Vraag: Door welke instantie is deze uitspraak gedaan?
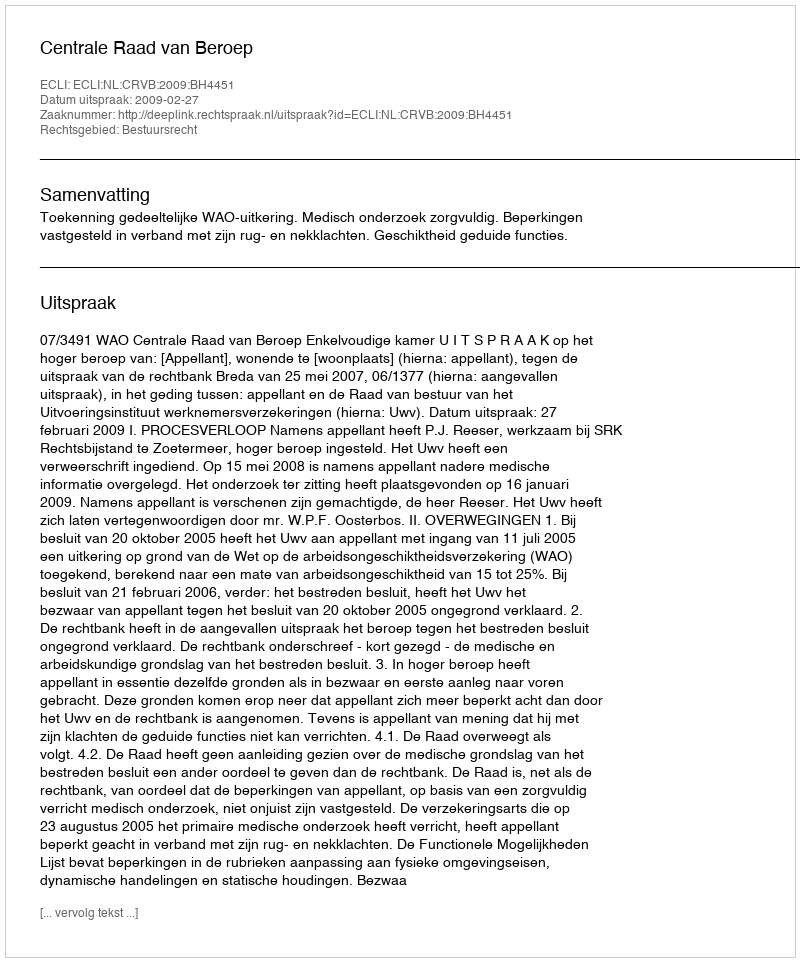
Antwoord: Centrale Raad van Beroep